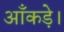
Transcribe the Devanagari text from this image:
आँकड़े।